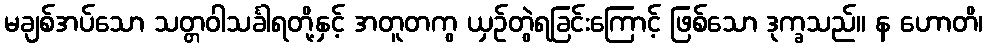
မချစ်အပ်သော သတ္တဝါသင်္ခါရတို့နှင့် အတူတကွ ယှဉ်တွဲရခြင်းကြောင့် ဖြစ်သော ဒုက္ခသည်။ န ဟောတိ၊